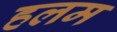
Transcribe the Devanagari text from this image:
हलम